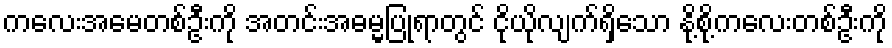
ကလေးအမေတစ်ဦးကို အတင်းအဓမ္မပြုရာတွင် ငိုယိုလျက်ရှိသော နို့စို့ကလေးတစ်ဦးကို